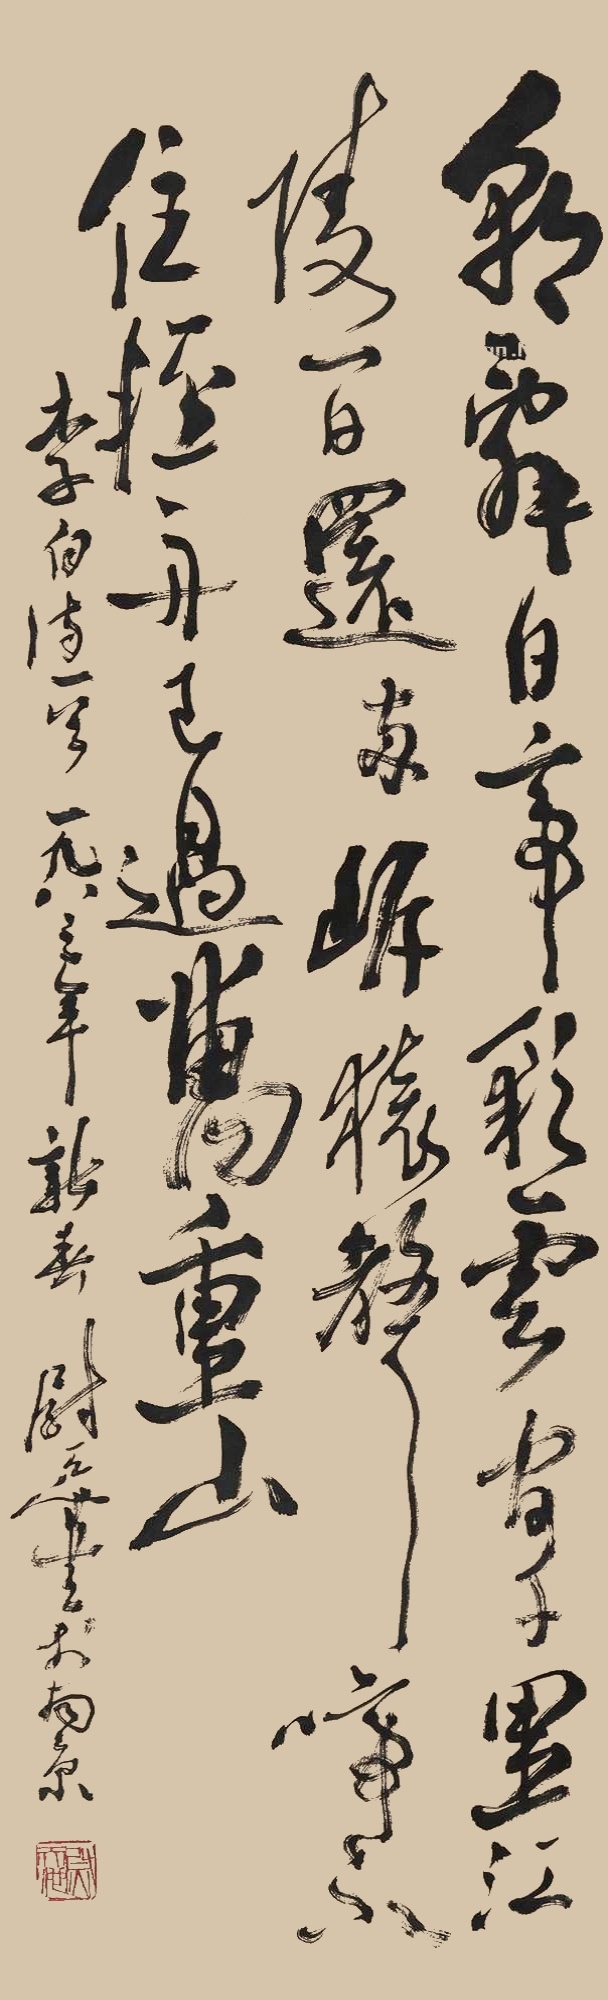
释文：朝辞白帝彩云间，千里江陵一日还。两岸猿声啼不住，轻舟已过万重山。李白诗一首，一九八三年新春，尉天池书于南京。